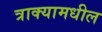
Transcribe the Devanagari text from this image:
त्राक्यामधील